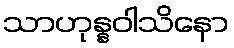
သာဟုန္နဝါသိနော